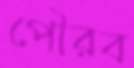
পৌরব